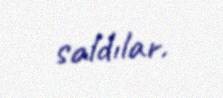
saldılar.